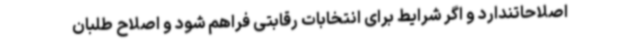
اصلاحاتندارد و اگر شرایط برای انتخابات رقابتی فراهم شود و اصلاح طلبان